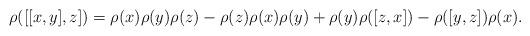
LaTeX: \begin{align*}\rho([[x, y], z]) = \rho(x)\rho(y)\rho(z) - \rho(z)\rho(x)\rho(y) + \rho(y)\rho([z, x]) - \rho([y, z])\rho(x).\end{align*}